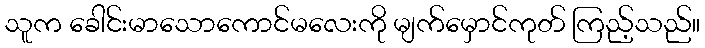
သူက ခေါင်းမာသောကောင်မလေးကို မျက်မှောင်ကုတ် ကြည့်သည်။